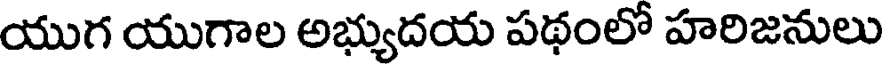
యుగ యుగాల అభ్యుదయ పథంలో హరిజనులు